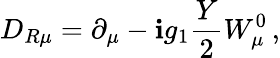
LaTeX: D_{R\mu}=\partial_{\mu}-\mathbf{i}g_{1}\frac{{Y}}{{2}}W_{\mu}^{0}\, ,